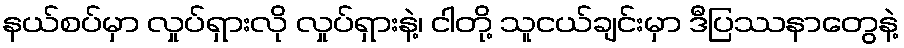
နယ်စပ်မှာ လှုပ်ရှားလို လှုပ်ရှားနဲ့၊ ငါတို့ သူငယ်ချင်းမှာ ဒီပြဿနာတွေနဲ့